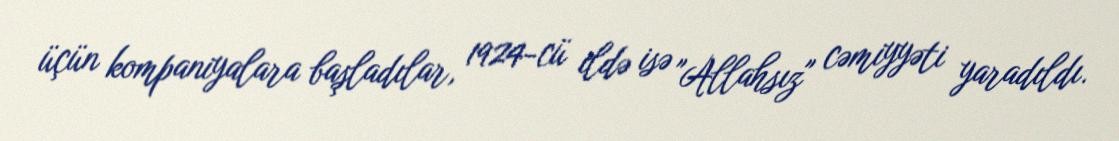
üçün kompaniyalara başladılar, 1924-cü ildə isə "Allahsız" cəmiyyəti yaradıldı.